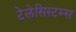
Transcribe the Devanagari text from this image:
टेलेसिस्टम्स